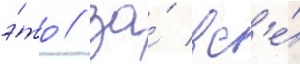
э́то / за́ вс'е́